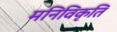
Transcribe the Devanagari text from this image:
मनिविकृति